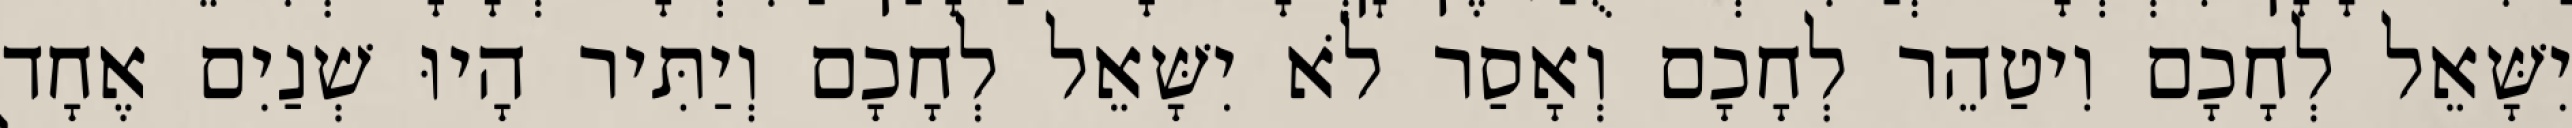
יִשָּׁאֵל לְחָכָם וִיטַהֵר לְחָכָם וְאָסַר לֹא יִשָּׁאֵל לְחָכָם וְיַתִּיר הָיוּ שְׁנַיִם אֶחָד